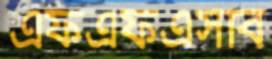
এফএফএসবি